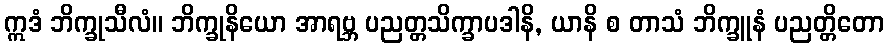
ဣဒံ ဘိက္ခုသီလံ။ ဘိက္ခုနိယော အာရဗ္ဘ ပညတ္တသိက္ခာပဒါနိ, ယာနိ စ တာသံ ဘိက္ခူနံ ပညတ္တိတော